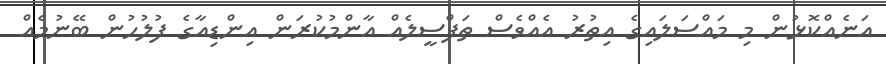
އަނެއްކޮޅުން މި މައްސަލައިގެ އިތުރު އެއްވެސް ތަފްސީލެއް އާންމުކުރަން އިންޑިއާގެ ފުލުހުން ބޭނުމެއް